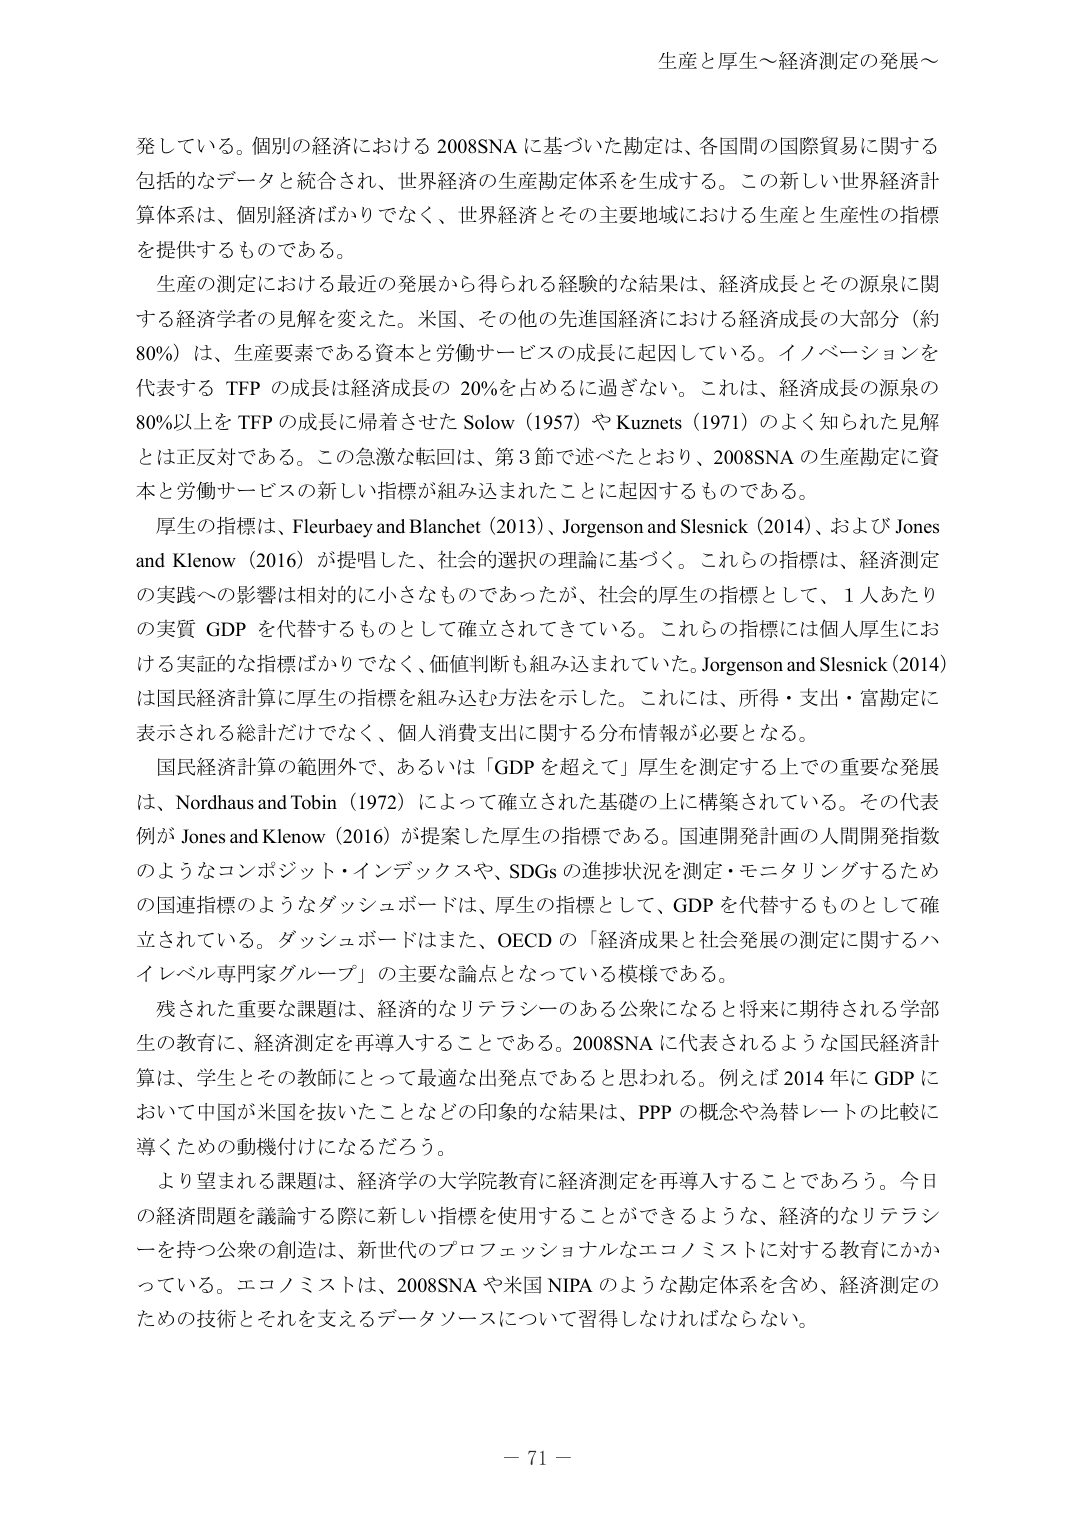
生産と厚生～経済測定の発展～

発している。個別の経済における 2008SNA に基づいた勘定は、各国間の国際貿易に関する
包括的なデータと統合され、世界経済の生産勘定体系を生成する。この新しい世界経済計
算体系は、個別経済ばかりでなく、世界経済とその主要地域における生産と生産性の指標
を提供するものである。

生産の測定における最近の発展から得られる経験的な結果は、経済成長とその源泉に関
する経済学者の見解を変えた。米国、その他の先進国経済における経済成長の大部分（約
80%）は、生産要素である資本と労働サービスの成長に起因している。イノベーションを
代表する TFP の成長は経済成長の 20%を占めるに過ぎない。これは、経済成長の源泉の
80%以上を TFP の成長に帰着させた Solow (1957) や Kuznets (1971) のよく知られた見解
とは正反対である。この急激な転回は、第 3 節で述べたとおり、2008SNA の生産勘定に資
本と労働サービスの新しい指標が組み込まれたことに起因するものである。

厚生の指標は、Fleurbaey and Blanchet (2013)、Jorgenson and Slesnick (2014)、および Jones
and Klenow (2016) が提唱した、社会的選択の理論に基づく。これらの指標は、経済測定
の実践への影響は相対的に小さなものであったが、社会的厚生の指標として、1 人あたり
の実質 GDP を代替するものとして確立されてきている。これらの指標には個人厚生にお
ける実証的な指標ばかりでなく、価値判断も組み込まれていた。Jorgenson and Slesnick (2014)
は国民経済計算に厚生の指標を組み込む方法を示した。これには、所得・支出・富勘定に
表示される総計だけでなく、個人消費支出に関する分布情報が必要となる。

国民経済計算の範囲外で、あるいは「GDP を超えて」厚生を測定する上での重要な発展
は、Nordhaus and Tobin (1972) によって確立された基礎の上に構築されている。その代表
例が Jones and Klenow (2016) が提案した厚生の指標である。国連開発計画の人間開発指数
のようなコンポジット・インデックスや、SDGs の進捗状況を測定・モニタリングするため
の国連指標のようなダッシュボードは、厚生の指標として、GDP を代替するものとして確
立されている。ダッシュボードはまた、OECD の「経済成果と社会発展の測定に関するハ
イレベル専門家グループ」の主要な論点となっている模様である。

残された重要な課題は、経済的なリテラシーのある公衆になると将来に期待される学部
生の教育に、経済測定を再導入することである。2008SNA に代表されるような国民経済計
算は、学生とその教師にとって最適な出発点であると思われる。例えば 2014 年に GDP に
おいて中国が米国を抜いたことなどの印象的な結果は、PPP の概念や為替レートの比較に
導くための動機付けになるだろう。

より望まれる課題は、経済学の大学院教育に経済測定を再導入することであろう。今日
の経済問題を議論する際に新しい指標を使用することができるような、経済的なリテラシ
ーを持つ公衆の創造は、新世代のプロフェッショナルなエコノミストに対する教育にかか
っている。エコノミストは、2008SNA や米国 NIPA のような勘定体系を含め、経済測定の
ための技術とそれを支えるデータソースについて習得しなければならない。

－ 71 －